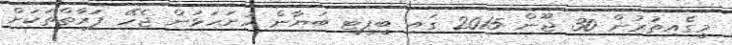
މީގެއިތުރުން 30 ޖޫން 2015 ގައި ބީޕީޓީ ބަޔާން ހުށަހަޅަން ޖެހޭ ފަރާތްތަކަށް